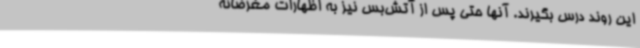
این روند درس بگیرند. آنها حتی پس از آتش‌بس نیز به اظهارات مغرضانه